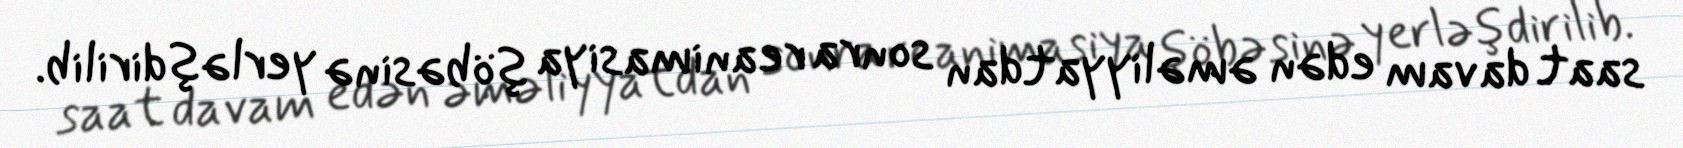
saat davam edən əməliyyatdan sonra reanimasiya şöbəsinə yerləşdirilib.